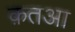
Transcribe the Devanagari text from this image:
क़तआ